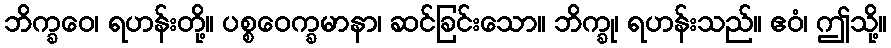
ဘိက္ခဝေ၊ ရဟန်းတို့။ ပစ္စဝေက္ခမာနာ၊ ဆင်ခြင်းသော။ ဘိက္ခု၊ ရဟန်းသည်။ ဧဝံ၊ ဤသို့။